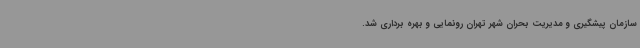
سازمان پیشگیری و مدیریت بحران شهر تهران رونمایی و بهره برداری شد.